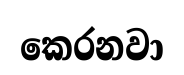
කෙරනවා